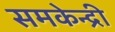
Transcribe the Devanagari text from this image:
समकेन्द्री